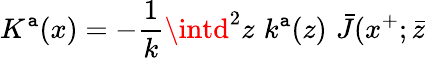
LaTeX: K^{\mathtt{a}}(x)=-{\frac{{1}}{{k}}}\intd^{2}z\, \, k^{\mathtt{a}}(z)\, \, \bar{{J}}(x^{+};\bar{{z}}